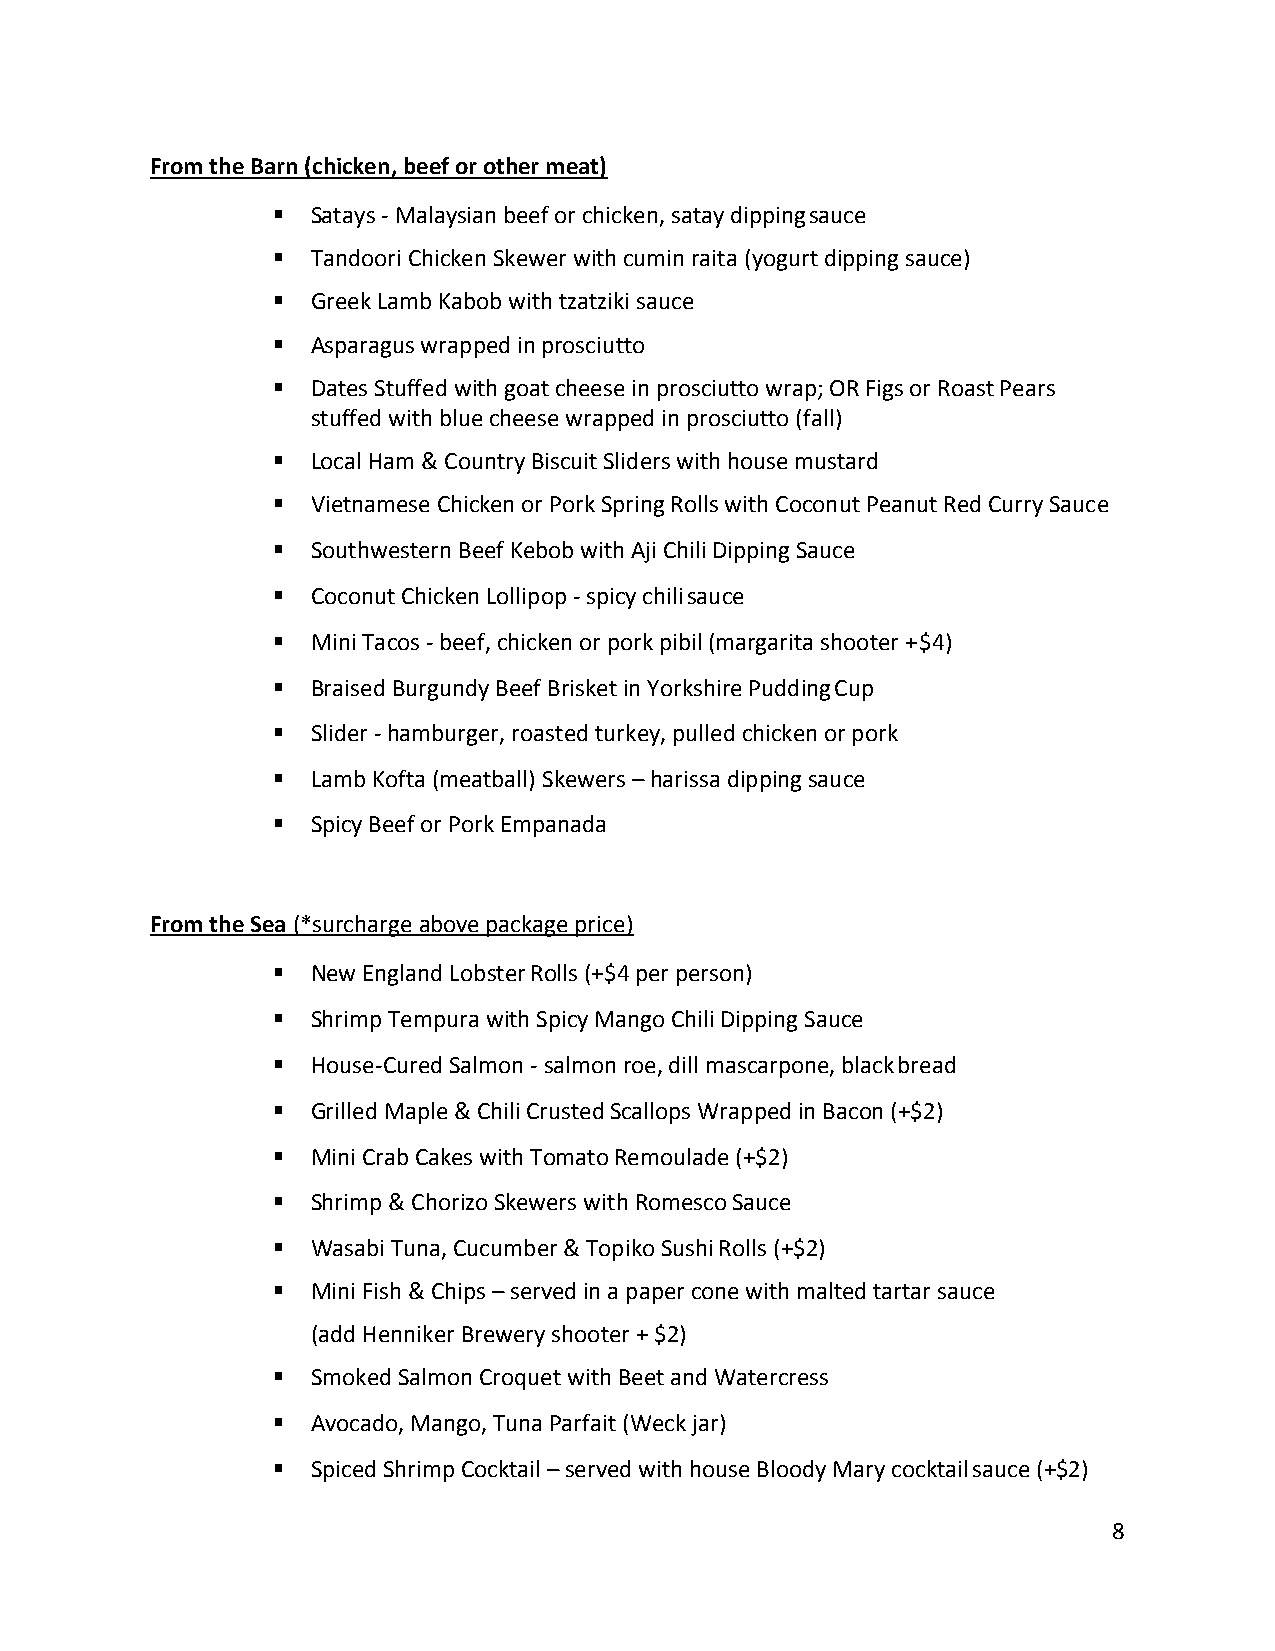
From the Barn (chicken, beef or other meat)
 ▪  Satays - Malaysian beef or chicken, satay dipping sauce
 ▪  Tandoori Chicken Skewer with cumin raita (yogurt dipping sauce)
 ▪  Greek Lamb Kabob with tzatziki sauce
 ▪  Asparagus wrapped in prosciutto
 ▪  Dates Stuffed with goat cheese in prosciutto wrap; OR Figs or Roast Pears
 stuffed with blue cheese wrapped in prosciutto (fall)
 ▪  Local Ham & Country Biscuit Sliders with house mustard
 ▪  Vietnamese Chicken or Pork Spring Rolls with Coconut Peanut Red Curry Sauce
 ▪  Southwestern Beef Kebob with Aji Chili Dipping Sauce
 ▪  Coconut Chicken Lollipop - spicy chili sauce
 ▪  Mini Tacos - beef, chicken or pork pibil (margarita shooter + $4)
 ▪  Braised Burgundy Beef Brisket in Yorkshire Pudding Cup
 ▪  Slider - hamburger, roasted turkey, pulled chicken or pork
 ▪  Lamb Kofta (meatball) Skewers – harissa dipping sauce
 ▪  Spicy Beef or Pork Empanada
 From the Sea (*surcharge above package price)
 ▪  New England Lobster Rolls (+$4 per person)
 ▪  Shrimp Tempura with Spicy Mango Chili Dipping Sauce
 ▪  House-Cured Salmon - salmon roe, dill mascarpone, black bread
 ▪  Grilled Maple & Chili Crusted Scallops Wrapped in Bacon (+$2)
 ▪  Mini Crab Cakes with Tomato Remoulade (+$2)
 ▪  Shrimp & Chorizo Skewers with Romesco Sauce
 ▪  Wasabi Tuna, Cucumber & Topiko Sushi Rolls (+$2)
 ▪  Mini Fish & Chips – served in a paper cone with malted tartar sauce
 (add Henniker Brewery shooter + $2)
 ▪  Smoked Salmon Croquet with Beet and Watercress
 ▪  Avocado, Mango, Tuna Parfait (Weck jar)
 ▪  Spiced Shrimp Cocktail – served with house Bloody Mary cocktail sauce (+$2)
 8